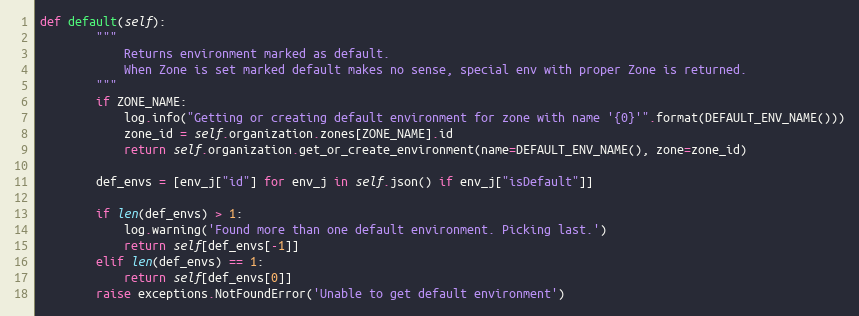
Language: Python
def default(self):
        """
            Returns environment marked as default.
            When Zone is set marked default makes no sense, special env with proper Zone is returned.
        """
        if ZONE_NAME:
            log.info("Getting or creating default environment for zone with name '{0}'".format(DEFAULT_ENV_NAME()))
            zone_id = self.organization.zones[ZONE_NAME].id
            return self.organization.get_or_create_environment(name=DEFAULT_ENV_NAME(), zone=zone_id)

        def_envs = [env_j["id"] for env_j in self.json() if env_j["isDefault"]]

        if len(def_envs) > 1:
            log.warning('Found more than one default environment. Picking last.')
            return self[def_envs[-1]]
        elif len(def_envs) == 1:
            return self[def_envs[0]]
        raise exceptions.NotFoundError('Unable to get default environment')